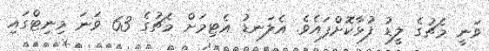
ވަނީ މެޗުގެ ލީޑު ފުޅާކޮށްފައެވެ. އެލަނޑު އެޓިމަށް މެޗުގެ 63 ވަނަ މިނިޓްގައި